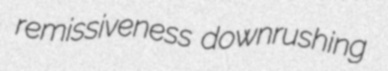
remissiveness downrushing